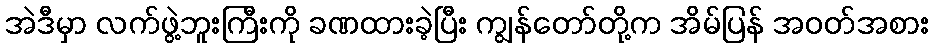
အဲဒီမှာ လက်ဖွဲ့ဘူးကြီးကို ခဏထားခဲ့ပြီး ကျွန်တော်တို့က အိမ်ပြန် အဝတ်အစား